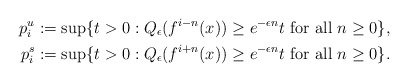
\begin{align*}p^u_i&:=\sup\{t>0: Q_\epsilon(f^{i-n}(x))\geq e^{-{\epsilon}n}t\textrm{ for all }n\geq 0\},\\p^s_i&:=\sup\{t>0: Q_\epsilon(f^{i+n}(x))\geq e^{-{\epsilon}n}t \textrm{ for all }n\geq 0\}.\end{align*}